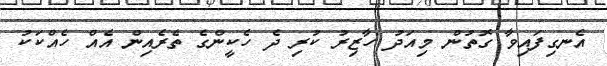
އެނގިފައިވާ ގޮތުން މިއަދު ހާޒިރު ކުރި ދެ ހެކީންގެ ތެރެއިން އެއް ހެއްކަކު